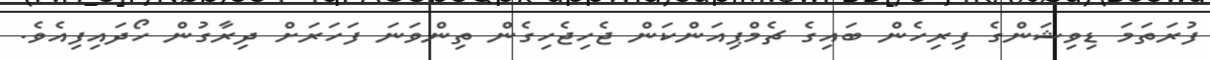
ފުރަތަމަ ޑިވިޝަންގެ ފިރިހެން ބައިގެ ޗެމްޕިއަންކަން ޖެހިޖެހިގެން ތިންވަނަ ފަހަރަށް ދިރާގުން ހޯދައިފިއެވެ.